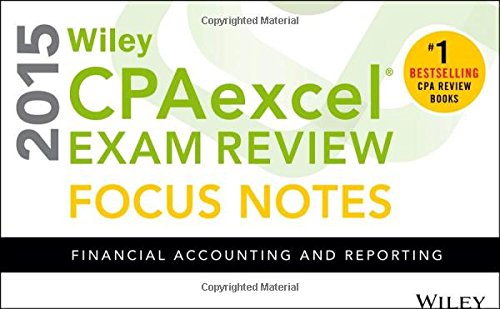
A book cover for Wiley CPAexcel Exam Review 2015 Focus Notes: Financial Accounting and Reporting; Wiley; Test Preparation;